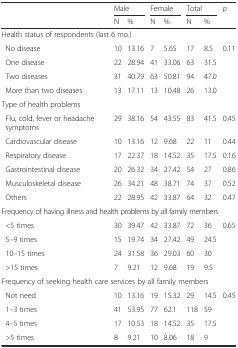
<table><thead><tr><td>[EMPTY_CELL]</td><td colspan="2"><b>Male</b></td><td colspan="2"><b>Female</b></td><td colspan="2"><b>Total</b></td><td><b><i>p</i></b></td></tr><tr><td>[EMPTY_CELL]</td><td><b>N</b></td><td><b>%</b></td><td><b>N</b></td><td><b>%</b></td><td><b>N</b></td><td><b>%</b></td><td>[EMPTY_CELL]</td></tr></thead><tbody><tr><td colspan="8">Health status of respondents (last 6 mo.)</td></tr><tr><td> No disease</td><td>10</td><td>13.16</td><td>7</td><td>5.65</td><td>17</td><td>8.5</td><td rowspan="4">0.11</td></tr><tr><td> One disease</td><td>22</td><td>28.94</td><td>41</td><td>33.06</td><td>63</td><td>31.5</td></tr><tr><td> Two diseases</td><td>31</td><td>40.79</td><td>63</td><td>50.81</td><td>94</td><td>47.0</td></tr><tr><td> More than two diseases</td><td>13</td><td>17.11</td><td>13</td><td>10.48</td><td>26</td><td>13.0</td></tr><tr><td>Type of health problems</td><td>[EMPTY_CELL]</td><td>[EMPTY_CELL]</td><td>[EMPTY_CELL]</td><td>[EMPTY_CELL]</td><td>[EMPTY_CELL]</td><td>[EMPTY_CELL]</td><td>[EMPTY_CELL]</td></tr><tr><td> Flu, cold, fever or headache symptoms</td><td>29</td><td>38.16</td><td>54</td><td>43.55</td><td>83</td><td>41.5</td><td>0.45</td></tr><tr><td> Cardiovascular disease</td><td>10</td><td>13.16</td><td>12</td><td>9.68</td><td>22</td><td>11</td><td>0.44</td></tr><tr><td> Respiratory disease</td><td>17</td><td>22.37</td><td>18</td><td>14.52</td><td>35</td><td>17.5</td><td>0.16</td></tr><tr><td> Gastrointestinal disease</td><td>20</td><td>26.32</td><td>34</td><td>27.42</td><td>54</td><td>27</td><td>0.86</td></tr><tr><td> Musculoskeletal disease</td><td>26</td><td>34.21</td><td>48</td><td>38.71</td><td>74</td><td>37</td><td>0.52</td></tr><tr><td> Others</td><td>22</td><td>28.95</td><td>42</td><td>33.87</td><td>64</td><td>32</td><td>0.47</td></tr><tr><td colspan="8">Frequency of having illness and health problems by all family members</td></tr><tr><td> &lt;5 times</td><td>30</td><td>39.47</td><td>42</td><td>33.87</td><td>72</td><td>36</td><td rowspan="4">0.65</td></tr><tr><td> 5–9 times</td><td>15</td><td>19.74</td><td>34</td><td>27.42</td><td>49</td><td>24.5</td></tr><tr><td> 10–15 times</td><td>24</td><td>31.58</td><td>36</td><td>29.03</td><td>60</td><td>30</td></tr><tr><td> &gt;15 times</td><td>7</td><td>9.21</td><td>12</td><td>9.68</td><td>19</td><td>9.5</td></tr><tr><td colspan="8">Frequency of seeking health care services by all family members</td></tr><tr><td> Not need</td><td>10</td><td>13.16</td><td>19</td><td>15.32</td><td>29</td><td>14.5</td><td rowspan="4">0.45</td></tr><tr><td> 1–3 times</td><td>41</td><td>53.95</td><td>77</td><td>62.1</td><td>118</td><td>59</td></tr><tr><td> 4–5 times</td><td>17</td><td>10.53</td><td>18</td><td>14.52</td><td>35</td><td>17.5</td></tr><tr><td> &gt;5 times</td><td>8</td><td>9.21</td><td>10</td><td>8.06</td><td>18</td><td>9</td></tr></tbody></table>